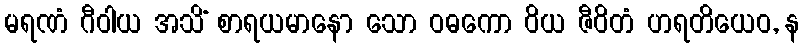
မရဏံ ဂီဝါယ အသိံ စာရယမာနော သော ဝဓကော ဝိယ ဇီဝိတံ ဟရတိယေဝ, န